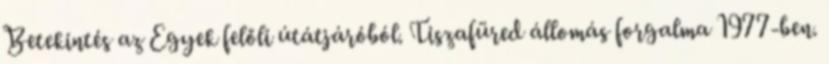
Betekintés az Egyek felőli útátjáróból. Tiszafüred állomás forgalma 1977-ben.